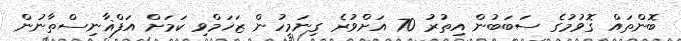
ބޮންތައް ގޮވުމުގެ ސަބަބުން އިތުރު 70 އަށްވުރެ ގިނަމީހުން ޒަޚަމްވި ކަމަށް އަފްޣާނިސްތާނުން